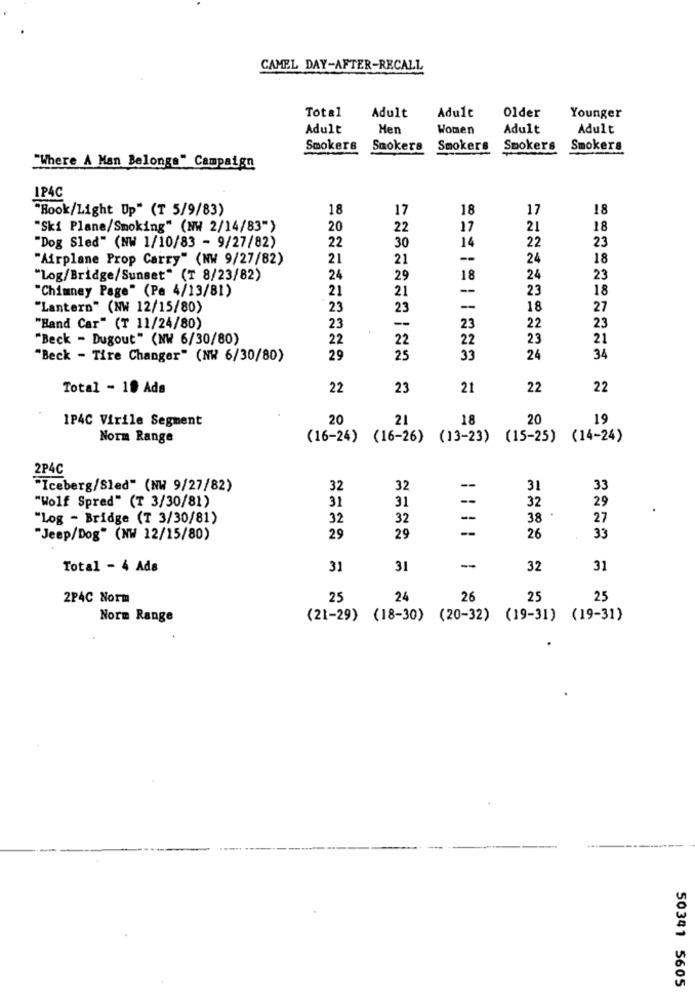
CAMEL DAY-AFTER-RECALL
Total
Adult
Adult
Older
Younger
Adult
Men
Women
Adult
Adult
Smokers Smokers Smokers
Smokers Smokers
"Where A Man Belongs" Campaign
IP4C
"Book/Light Up" (T 5/9/83)
18
17
18
17
18
"Ski Plane/Smoking" (NW 2/14/83")
20
22
17
21
18
22
14
"Dog Sled" (NW 1/10/83 - 9/27/82)
30
22
23
"Airplane Prop Carry" (NW 9/27/82)
21
21
--
24
18
"Log/Bridge/Sunset" (T 8/23/82)
24
29
18
24
23
"Chimney Page" (Pe 4/13/81)
21
21
--
23
18
"Lantern" (NW 12/15/80)
23
23
--
18
27
22
"Hand Car" (T 11/24/80)
23
F
--
23
23
"Beck - Dugout" (NW 6/30/80)
22
22
22
23
21
"Beck - Tire Changer" (NH 6/30/80)
29
25
33
24
34
Total - 10 Ada
22
23
21
22
22
1P4C Virile Segment
20
21
18
20
19
Norm Range
(16-24) (16-26) (13-23) (15-25) (14-24)
2P4C
"Iceberg/Sled" (NW 9/27/82)
32
32
31
33
"Wolf Spred" (T 3/30/81)
31
31
32
29
"Log - Bridge (T 3/30/81)
32
32
-
38
27
--
33
"Jeep/Dog" (NW 12/15/80)
29
29
26
Total - 4 Ada
31
31
-
32
31
2P4C Norm
25
24
26
25
25
Norm Range
(21-29) (18-30) (20-32) (19-31) (19-31)
50341 5605